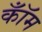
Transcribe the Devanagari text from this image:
कॉँम